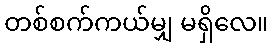
တစ်စက်ကယ်မျှ မရှိလေ။